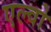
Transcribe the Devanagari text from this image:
एल्वो